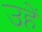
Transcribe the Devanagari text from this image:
उहें